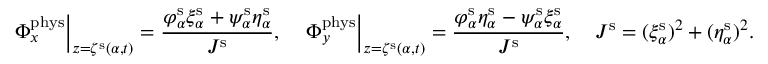
\left. \Phi _ { x } ^ { \mathrm { p h y s } } \right\vert _ { z = \zeta ^ { \mathrm { s } } ( \alpha , t ) } = \frac { \varphi _ { \alpha } ^ { \mathrm { s } } \xi _ { \alpha } ^ { \mathrm { s } } + \psi _ { \alpha } ^ { \mathrm { s } } \eta _ { \alpha } ^ { \mathrm { s } } } { J ^ { \mathrm { s } } } , \quad \left. \Phi _ { y } ^ { \mathrm { p h y s } } \right\vert _ { z = \zeta ^ { \mathrm { s } } ( \alpha , t ) } = \frac { \varphi _ { \alpha } ^ { \mathrm { s } } \eta _ { \alpha } ^ { \mathrm { s } } - \psi _ { \alpha } ^ { \mathrm { s } } \xi _ { \alpha } ^ { \mathrm { s } } } { J ^ { \mathrm { s } } } , \quad J ^ { \mathrm { s } } = ( \xi _ { \alpha } ^ { \mathrm { s } } ) ^ { 2 } + ( \eta _ { \alpha } ^ { \mathrm { s } } ) ^ { 2 } .